Medical and sanitary report of the native army of Madras for the year
Year: 1878
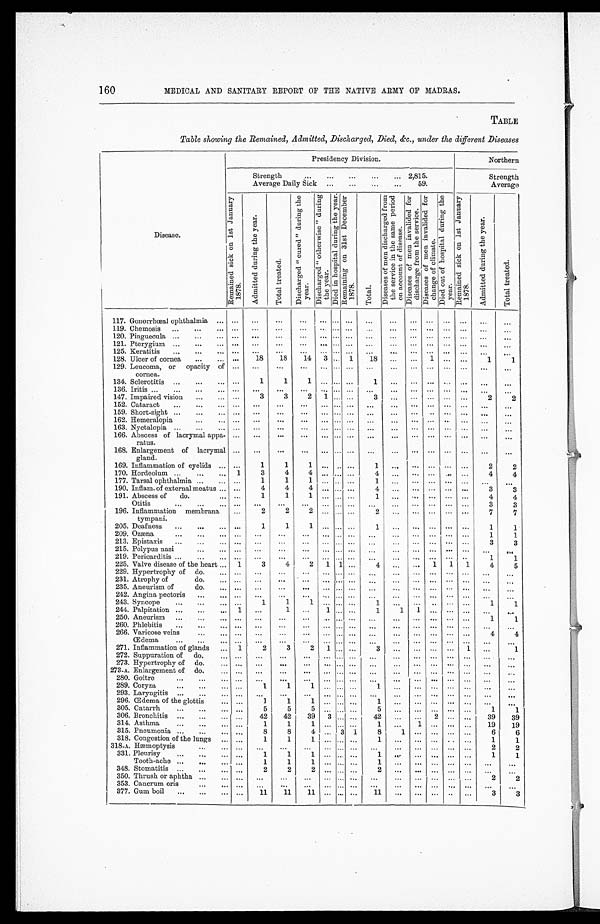
160 MEDICAL AND SANITARY REPORT OF THE NATIVE ARMY OF MADRAS.
TABLE
Table showing the Remained, Admitted, Discharged, Died, &c., under the different Diseases
Disease.
Presidency Division.
Northern
Strength . . .
2,815.
Strength
Average Daily Sick . . .
59.
Average
R e m a i n e d s i c k o n 1 s t J a n u a r y 1 8 7 8 .
A d m i t t e d d u r i n g t h e y e a r .
T o t a l t r e a t e d .
D i s c h a r g e d " c u r e d " d u r i n g t h e y e a r .
D i s c h a r g e d " o t h e r w i s e " d u r i n g t h e y e a r .
D i e d i n h o s p i t a l d u r i n g t h e y e a r . R e m a i n i n g o n 3 1 s t D e c e m b e r 1 8 7 8 .
T o t a l .
D i s e a s e s o f m e n d i s c h a r g e d f r o m t h e s e r v i c e i n t h e s a m e p e r i o d o n a c c o u n t o f d i s e a s e .
D i s e a s e s o f m e n i n v a l i d e d f o r d i s c h a r g e f r o m t h e s e r v i c e .
D i s e a s e s o f m e n i n v a l i d e d f o r c h a n g e o f c l i m a t e .
D i e d o u t o f h o s p i t a l d u r i n g t h e y e a r .
R e m a i n e d s i c k o n 1 s t J a n u a r y 1 8 7 8 .
A d m i t t e d d u r i n g t h e y e a r .
T o t a l t r e a t e d .
117. Gonorrhœal ophthalmia . . .
. . .
. . .
. . .
. . .
. . .
. . .
. . .
. . .
. . .
. . .
. . .
. . .
. . .
. . .
. . .
119. Chemosis . . .
. . .
. . .
. . .
. . .
. . . . . .
. . .
. . .
. . .
. . .
. . .
. . .
. . .
. . .
. . .
120. Pinguecula . . .
. . .
. . .
. . .
. . .
. . . . . . . . .
. . .
. . .
. . .
. . .
. . .
. . .
. . .
. . .
121. Pterygium . . .
. . .
. . .
. . .
. . .
. . .
. . .
. . .
. . .
. . .
. . .
. . .
. . .
. . .
. . .
. . .
125. Keratitis . . .
. . .
. . .
. . .
. . .
. . .
. . .
. . .
. . .
. . .
. . .
. . .
. . .
. . .
. . .
. . .
128. Ulcer of cornea . . .
. . .
18
18
14
3
. . .
1
18
. . .
. . .
1
. . .
. . .
1
1
129. Leucoma, or opacity of
cornea.
. . .
. . .
. . . . . .
. . .
. . .
. . .
. . .
. . .
. . .
. . .
. . .
. . .
. . .
. . .
134. Sclerotitis . . .
. . .
1
1
1
. . .
. . . . . .
1 . . .
. . .
. . .
. . .
. . .
. . .
. . .
136. Iritis . . .
. . .
. . .
. . .
. . .
. . .
. . .
. . .
. . .
. . .
. . .
. . .
. . .
. . .
. .
. . .
147. Impaired vision . . .
. . .
3
3
2
1
. . .
. . .
3 . . .
. . .
. . .
. . .
. . .
2
2
152. Cataract . . .
. . .
. . .
. . .
. . .
. . . . . . . . .
. . .
. . . . . .
. . .
. . .
. . .
. . .
. . .
159. Short-sight . . .
. . .
. . .
. . .
. . .
. . .
. . .
. . .
. . .
. . .
. . .
. . .
. . .
. . .
. . .
. . .
162. Hemeralopia . . .
. . .
. . .
. . .
. . .
. . .
. . . . . .
. . .
. . .
. . .
. . .
. . .
. . .
. . .
. . .
163. Nyctalopia . . .
. . .
. . .
. . .
. . .
. . .
. . .
. . .
. . .
. . .
. . .
. . .
. . .
. . .
. . .
. . .
166. Abscess of lacrymal appa-
ratus.
. . .. . .
. . .
. . .
. . .
. . .
. . .
. . .
. . .
. . .
. . .
. . .
. . .
. . .
. . .
168. Enlargement of lacrymal
gland.
. . .
. . .
. . .
. . .
. . .
. . . . . .
. . .
. . .
. . .
. . .
. . . . . .
. . .
. . .
169. Inflammation of eyelids . . .
. . .
1
1
1
. . .
. . .
. . .
1
. . .
. . .
. . .
. . .
. . .
2
2
170. Hordeolum . . .
1
3
4
4
. . .
. . .
. . .
4
. . .
. . .
. . .
. . .
. . .
4
4
177. Tarsal ophthalmia . . .
. . .
1
1
1
. . .
. . . . . .
1
. . .
. . .
. . .
. . .
. . .
. . .
. . .
190. Inflam. of external meatus . . .
. . .
4
4
4
. . . . . .
. . .
4
. . .
. . .
. . .
. . .
. . .
3
3
191. Abscess of do.
Otitis . . .
. . .
. . .
1
. . .
1
. . .
1
. . .
. . .
. . .
. . .
. . .
1
. . .
. . .
. . .
. . .
. . .
. . .
. . .
. . .
. . .
. . .
. . .
4
3
4
3
196. Inflammation membrana
tympani.
. . .
2
2
2
. . .
. . .
. . .
2
. . .
. . .
. . .
. . .
. . .
7
7
205. Deafness . . .
. . .
1
1
1
. . .
. . .
. . .
1
. . .
. . .
. . .
. . .
. . .
1
1
209. Ozæna . . .
. . .
. . .
. . .
. . .
. . .
. . . . . .
. . .
. . .
. . .
. . .
. . .
. . .
1
1
213. Epistaxis . . .
. . .
. . .
. . .
. . .
. . . . . .
. . .
. . .
. . .
. . .
. . .
. . .
. . .
3
3
215. Polypus nasi . . .
. . .
. . .
. . .
. . .
. . .
. . .
. . .
. . .
. . .
. . .
. . .
. . .
. . .
. . .
. . .
219. Pericarditis . . .
. . .
. . .
. . .
. . .
. . .
. . .
. . .
. . .
. . .
. . .
. . .
. . .
. . .
1
1
225. Valve disease of the heart . . .
1
3
4
2
1
1 . . .
4
. . .
. . .
1
1
1
4
5
229. Hypertrophy of do. . . .
. . .
. . .
. . .
. . .
. . . . . . . . .
. . .
. . .
. . .
. . .
. . .
. . .
. . .
. . .
231. Atrophy of do. . . .
. . .
. . .
. . .
. . .
. . .
. . . . . .
. . .
. . .
. . .
. . .
. . .
. . .
. . .
. . .
235. Aneurism of do. . . .
. . .
. . .
. . .
. . .
. . .
. . .
. . .
. . .
. . .
. . .
. . .
. . .
. . .
. . .
. . .
242. Angina pectoris . . .
. . .
. . .
. . .
. . .
. . . . . . . . .
. . .
. . .
. . . . . .
. . .
. . .
. . .
. . .
243. Syncope . . .
. . .
1
1
1
. . .
. . .
. . .
1
. . .
. . .
. . .
. . .
. . .
1
1
244. Palpitation . . .
1
. . . 1
. . .
1
. . .
. . .
1
1
1
. . .
. . .
. . .
. . .
. . .
250. Aneurism . . .
. . .
. . .
. . .
. . .
. . .
. . .
. . .
. . .
. . .
. . .
. . . . . .
. . .
1
1
260. Phlebitis . . .
. . .
. . .
. . .
. . .
. . .
. . .
. . .
. . .
. . .
. . .
. . .
. . .
. . .
. . .
. . .
266. Varicose veins . . .
. . .
. . .
. . .
. . .
. . .
. . .
. . .
. . .
. . .
. . .
. . .
. . .
. . .
4
4
Œdema . . .
. . .
. . .
. . .
. . .
. . .
. . .
. . .
. . .
. . .
. . .
. . .
. . .
. . .
. . .
. . .
271. Inflammation of glands . . .
1
2
3
2
1
. . .
. . .
3
. . .
. . .
. . .
. . .
1
. . .
1
272. Suppuration of do. . . .
. . .
. . . . . .
. . .
. . . . . . . . .
. . .
. . .
. . .
. . . . . .
. . .
. . .
. . .
273. Hypertrophy of do. . . .
. . .
. . .
. . .
. . .
. . . . . .
. . .
. . .
. . .
. . .
. . .
. . .
. . .
. . .
. . .
273-A. Enlargement of do. . . .
. . .
. . .
. . .
. . .
. . . . . .
. . .
. . .
. . .
. . .
. . .
. . .
. . .
. . .
. . .
280. Goitre . . .
. . .
. . .
. . .
. . .
. . . . . . . . .
. . .
. . .
. . .
. . .
. . .
. . .
. . .
. . .
289. Coryza . . .
. . .
1
1
1
. . .
. . . . . .
1
. . .
. . .
. . .
. . .
. . .
. . .
. . .
293. Laryngitis . . .
. . .
. . .
. . .
. . .
. . . . . .
. . .
. . .
. . .
. . .
. . .
. . .
. . .
. . .
. . .
296. Œdema of the glottis . . .
. . .
1
1
1
. . .
. . .
. . .
1
. . .
. . .
. . .
. . .
. . .
. . .
. . .
305. Catarrh . . .
. . .
5
5
5
. . .
. . . . . .
5 . . .
. . .
. . .
. . .
. . .
1
1
306. Bronchitis . . .
. . .
42
42
39
3
. . .
. . .
42
. . .
. . .
2
. . .
. . .
39
39
314. Asthma . . .
. . .
1
1
1
. . . . . .
. . .
1
. . .
1
. . .
. . .
. . .
1 9
1 9
315. Pneumonia . . .
. . .
8
8
4
. . .
3
1
8
1
. . .
. . .
. . .
. . .
6
6
318. Congestion of the lungs . . .
. . .
1
1
1
. . . . . .
. . .
1 . . .
. . .
. . .
. . .
. . .
1
1
318-A. Hæmoptysis . . .
. . .
. . .
. . .
. . .
. . .
. . .
. . .
. . .
. . .
. . .
. . .
. . .
. . .
2
2
331. Pleurisy . . .
. . .
1
1
1
. . . . . . . . .
1
. . .
. . .
. . .
. . .
. . .
1
1
Tooth-ache . . .
. . .
1
1
1
. . . . . .
. . .
1
. . .
. . .
. . .
. . .
. . .
. . .
. . .
348. Stomatitis . . .
. . .
2
2
2
. . . . . .
. . .
2
. . .
. . .
. . .
. . .
. . .
. . .
. . .
350. Thrush or aphtha . . .
. . .
. . .
. . .
. . .
. . .
. . . . . .
. . .
. . .
. . .
. . .
. . .
. . .
2
2
353. Cancrum oris . . .
. . .
. . .
. . .
. . .
. . .
. . .
. . .
. . .
. . .
. . .
. . .
. . .
. . .
. . .
. . .
377. Gum boil . . .
. . .
11
11
1 1
. . . . . .
. . .
11
. . .
. . .
. . .
. . .
. . .
3
3